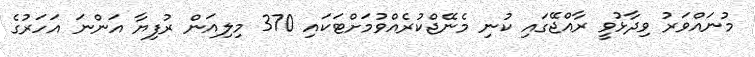
މުނައްވަރު ވިދާޅުވީ ރާއްޖޭގައި ކުނި މެނޭޖްކުރެއްވުމަށްޓަކައި 370 މިލިއަން ރުފިޔާ އަންނަ އަހަރުގެ